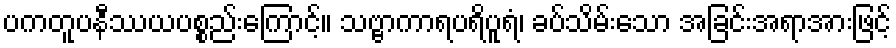
ပကတူပနီဿယပစ္စည်းကြောင့်။ သဗ္ဗာကာရပရိပူရံ၊ ခပ်သိမ်းသော အခြင်းအရာအားဖြင့်